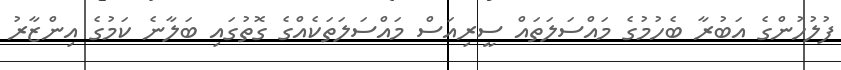
ފުލުހުންގެ އަބުރާ ބެހުމުގެ މައްސަލަތައް ސީރިއަސް މައްސަލަތަކެއްގެ ގޮތުގައި ބަލާނެ ކަމުގެ އިންޒާރު